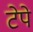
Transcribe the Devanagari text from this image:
टेपे